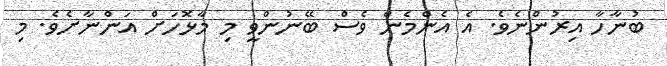
ބުނާހާ އިރުންނެވެ. އެ އެންމެން ވެސް ބޭނުންވީ މި މާާޅޮހަށް އަންނާށެވެ. މި